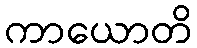
ကာယောတိ